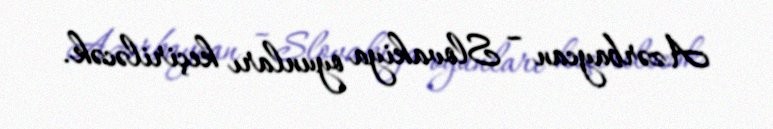
Azərbaycan – Slovakiya oyunları keçiriləcək.